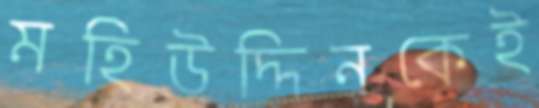
মহিউদ্দিনকেই